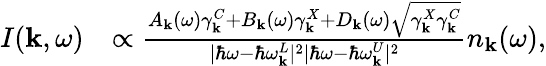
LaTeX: \begin{array}{rl}{I({\mathbf k},\omega)}&{\propto\frac{A_{\mathbf k}(\omega)\gamma_{\mathbf k}^{C}+B_{\mathbf k}(\omega)\gamma_{\mathbf k}^{X}+D_{\mathbf k}(\omega)\sqrt{\gamma_{\mathbf k}^{X}\gamma_{\mathbf k}^{C}}}{|\hbar\omega-\hbar\omega_{\mathbf k}^{L}|^{2}|\hbar\omega-\hbar\omega_{\mathbf k}^{U}|^{2}}n_{\mathbf k}(\omega),}\end{array}